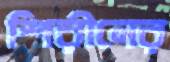
শিরীনের